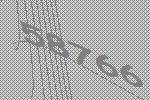
58766